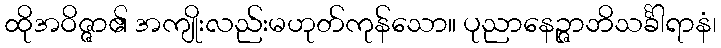
ထိုအဝိဇ္ဇာ၏ အကျိုးလည်းမဟုတ်ကုန်သော။ ပုညာနေဉ္ဇာဘိသင်္ခါရာနံ၊